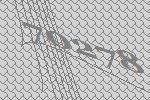
70278